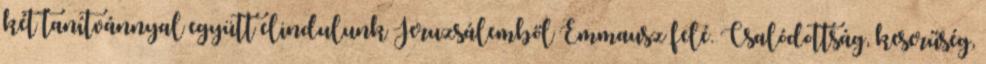
két tanítvánnyal együtt elindulunk Jeruzsálemből Emmausz felé. Csalódottság, keserűség,